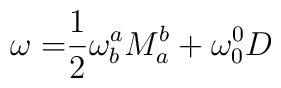
\mathbf{\omega =}\frac{1}{2}\mathbf{\omega }_{b}^{a}M_{a}^{b}+\mathbf{\omega }_{0}^{0}D